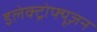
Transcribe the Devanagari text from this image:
इलेक्ट्रोफ्यूज़न